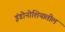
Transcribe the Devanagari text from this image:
इंडोनोशियातील